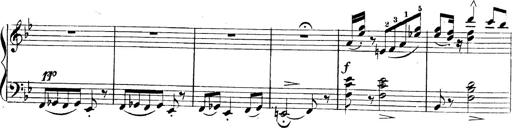
Title: 3 Caprices-Valses
Composer: Franz Liszt